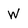
Character: W